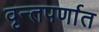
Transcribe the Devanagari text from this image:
वृन्तपर्णात